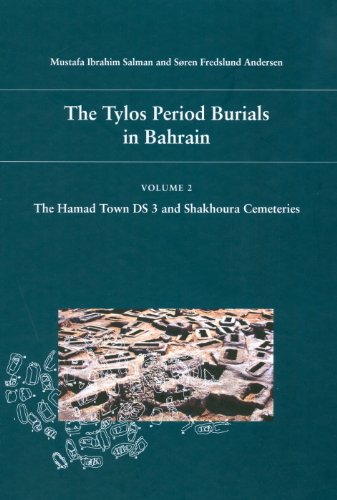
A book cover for The Tylos Period Burials in Bahrain 2: The Hamad Town DS 3 and Shakhoura Cemeteries; Soren Fredslund Andersen; History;